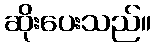
ဆိုးပေးသည်။